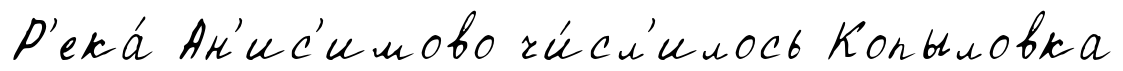
Р'ека́ Ан'ис'имово чи́сл'илось Копыловка